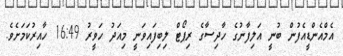
އެމްއެންޑީއެފުން ބުނީ އަލިފާނުގެ ހާދިސާގެ ރިޕޯޓް ލިބިފައިވަނީ މިއަދު ހަވީރު 16:49 ހާއިރުކަމަށެވެ.